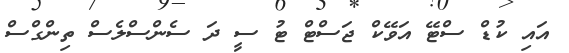
އައި ކުޑް ސްޓޭ އަވޭކް ޖަަސްޓް ޓު ސީ ދަ ސެންސްލެސް ތިންގްސް